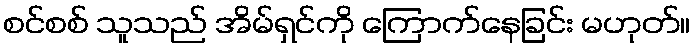
စင်စစ် သူသည် အိမ်ရှင်ကို ကြောက်နေခြင်း မဟုတ်။